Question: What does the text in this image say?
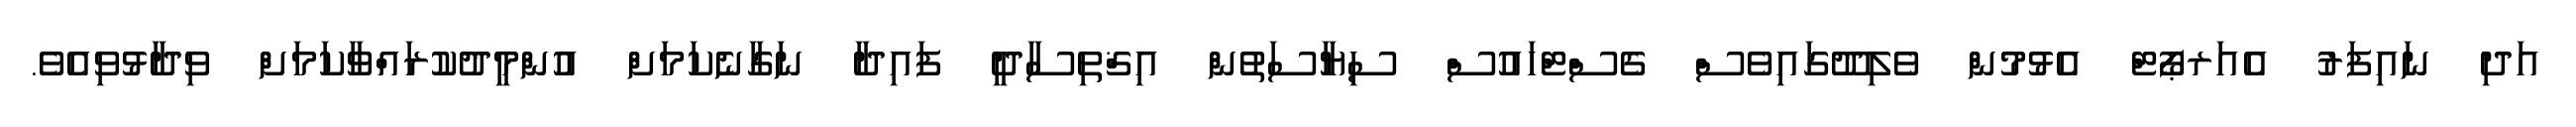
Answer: އަދި ނައިފަރު އެއަރޕޯޓް އެޅުމުން ވެލިދޫގައިވެސް ގެސްޓްހައުސް ސިޔާސަތުން އިޤްތިސާދީ ފައިދާ ނަގާނެކަމަށް އުންމީދުކުރައްވާކަމަށް ވިދާޅުވިއެވެ.